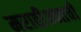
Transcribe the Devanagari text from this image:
मराठीजनाची